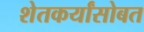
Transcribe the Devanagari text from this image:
शेतकर्यांसोबत